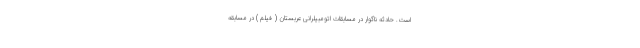
است. حادثه ناگوار در مسابقات اتومبیلرانی عربستان ( فیلم ) در مسابقه